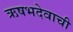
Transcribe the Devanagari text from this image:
ऋषभदेवाची